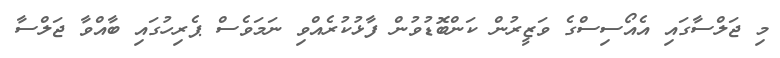
މި ޖަލްސާގައި އެއޯސިސްގެ ވަޒީރުން ކަންބޮޑުވުން ފާޅުކުރެއްވި ނަމަވެސް ޕެރިހުގައި ބާއްވާ ޖަލްސާ